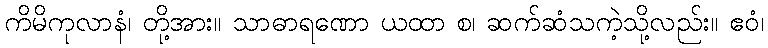
ကိမိကုလာနံ၊ တို့အား။ သာဓာရဏော ယထာ စ၊ ဆက်ဆံသကဲ့သို့လည်း။ ဧဝံ၊